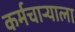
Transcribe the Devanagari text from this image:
कर्मचाऱ्याला